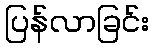
ပြန်လာခြင်း